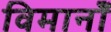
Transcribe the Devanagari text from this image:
विमानोँ